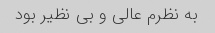
به نظرم عالی و بی نظیر بود